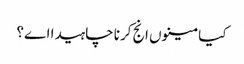
کیا مینوں انج کرنا چاہیدا اے؟